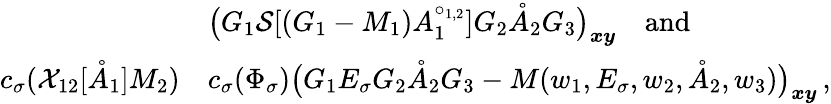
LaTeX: \begin{array}{rl}&{\big(G_{1}\mathcal{S}[(G_{1}-M_{1})A_{1}^{\circ_{1,2}}]G_{2}\mathring{A}_{2}G_{3}\big)_{\boldsymbol{x}\boldsymbol{y}}\quad\mathrm{and}}\\ {c_{\sigma}(\mathcal{X}_{12}[\mathring{A}_{1}]M_{2})}&{c_{\sigma}(\Phi_{\sigma})\big(G_{1}E_{\sigma}G_{2}\mathring{A}_{2}G_{3}-M(w_{1},E_{\sigma},w_{2},\mathring{A}_{2},w_{3})\big)_{\boldsymbol{x}\boldsymbol{y}}\, ,}\end{array}